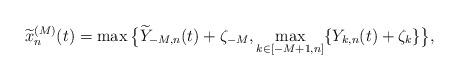
LaTeX: \begin{align*}\widetilde{x}_n^{(M)}(t)=\max\big\{\widetilde{Y}_{-M,n}(t)+\zeta_{-M},\max_{k\in [-M+1,n]}\{Y_{k,n}(t)+\zeta_k\}\big\},\end{align*}